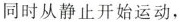
同时从静止开始运动，